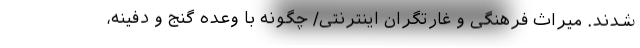
شدند. میراث فرهنگی و غارتگران اینترنتی/ چگونه با وعده گنج و دفینه،